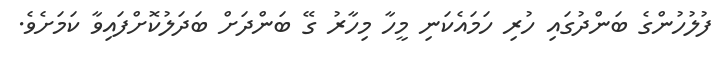
ފުލުހުންގެ ބަންދުގައި ހުރި ހަމައެކަނި މީހާ މިހާރު ގޭ ބަންދަށް ބަދަލުކޮށްފައިވާ ކަމަށެވެ.